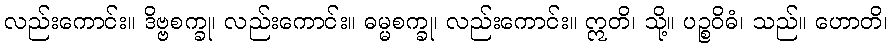
လည်းကောင်း။ ဒိဗ္ဗစက္ခု၊ လည်းကောင်း။ ဓမ္မစက္ခု၊ လည်းကောင်း။ ဣတိ၊ သို့။ ပဉ္စဝိဓံ၊ သည်။ ဟောတိ၊